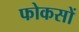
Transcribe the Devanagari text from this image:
फोकसों